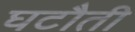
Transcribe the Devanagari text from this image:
घटौती